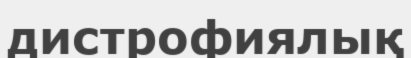
дистрофиялық